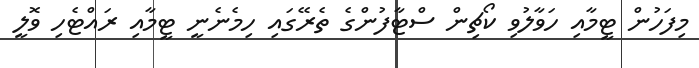
މިފަހުން ޓީމާއި ހަވާލުވި ކޯޗިން ސްޓާފުންގެ ތެރޭގައި ހިމެނެނީ ޓީމާއި ރައްޓެހި ވޮލީ